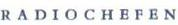
RADIOCHEFEN